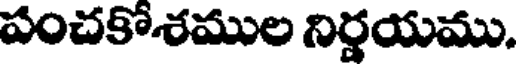
పంచకోశముల నిర్ణయము.